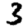
Digit: 3